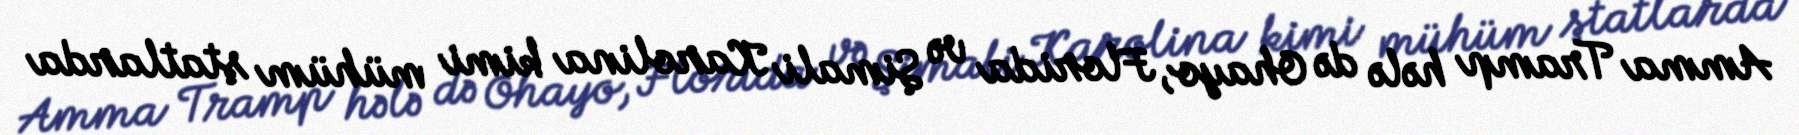
Amma Tramp hələ də Ohayo, Florida və Şimali Karolina kimi mühüm ştatlarda